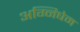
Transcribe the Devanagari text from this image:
अग्निषेम